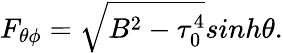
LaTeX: F_{\theta\phi}=\sqrt{B^{2}-\tau_{0}^{4}}sinh\theta.